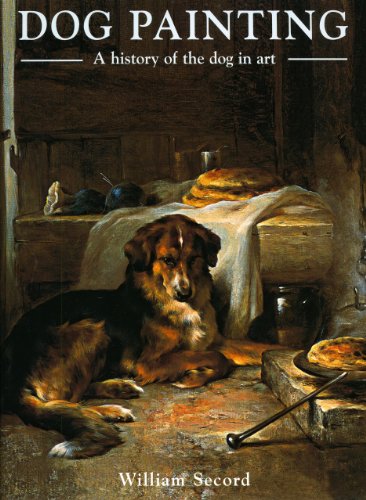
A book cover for Dog Painting: A History of the Dog in Art; William Secord; Crafts, Hobbies & Home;